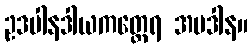
ဥဒပါနဒါယကတ္ထေရ အပဒါန။